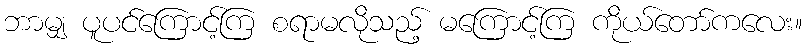
ဘာမျှ ပူပင်ကြောင့်ကြ စရာမလိုသည့် မကြောင့်ကြ ကိုယ်တော်ကလေး။